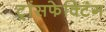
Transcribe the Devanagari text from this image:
ट्रांसफेक्टिंग